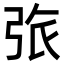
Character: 㢳